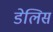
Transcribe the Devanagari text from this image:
डेलिस